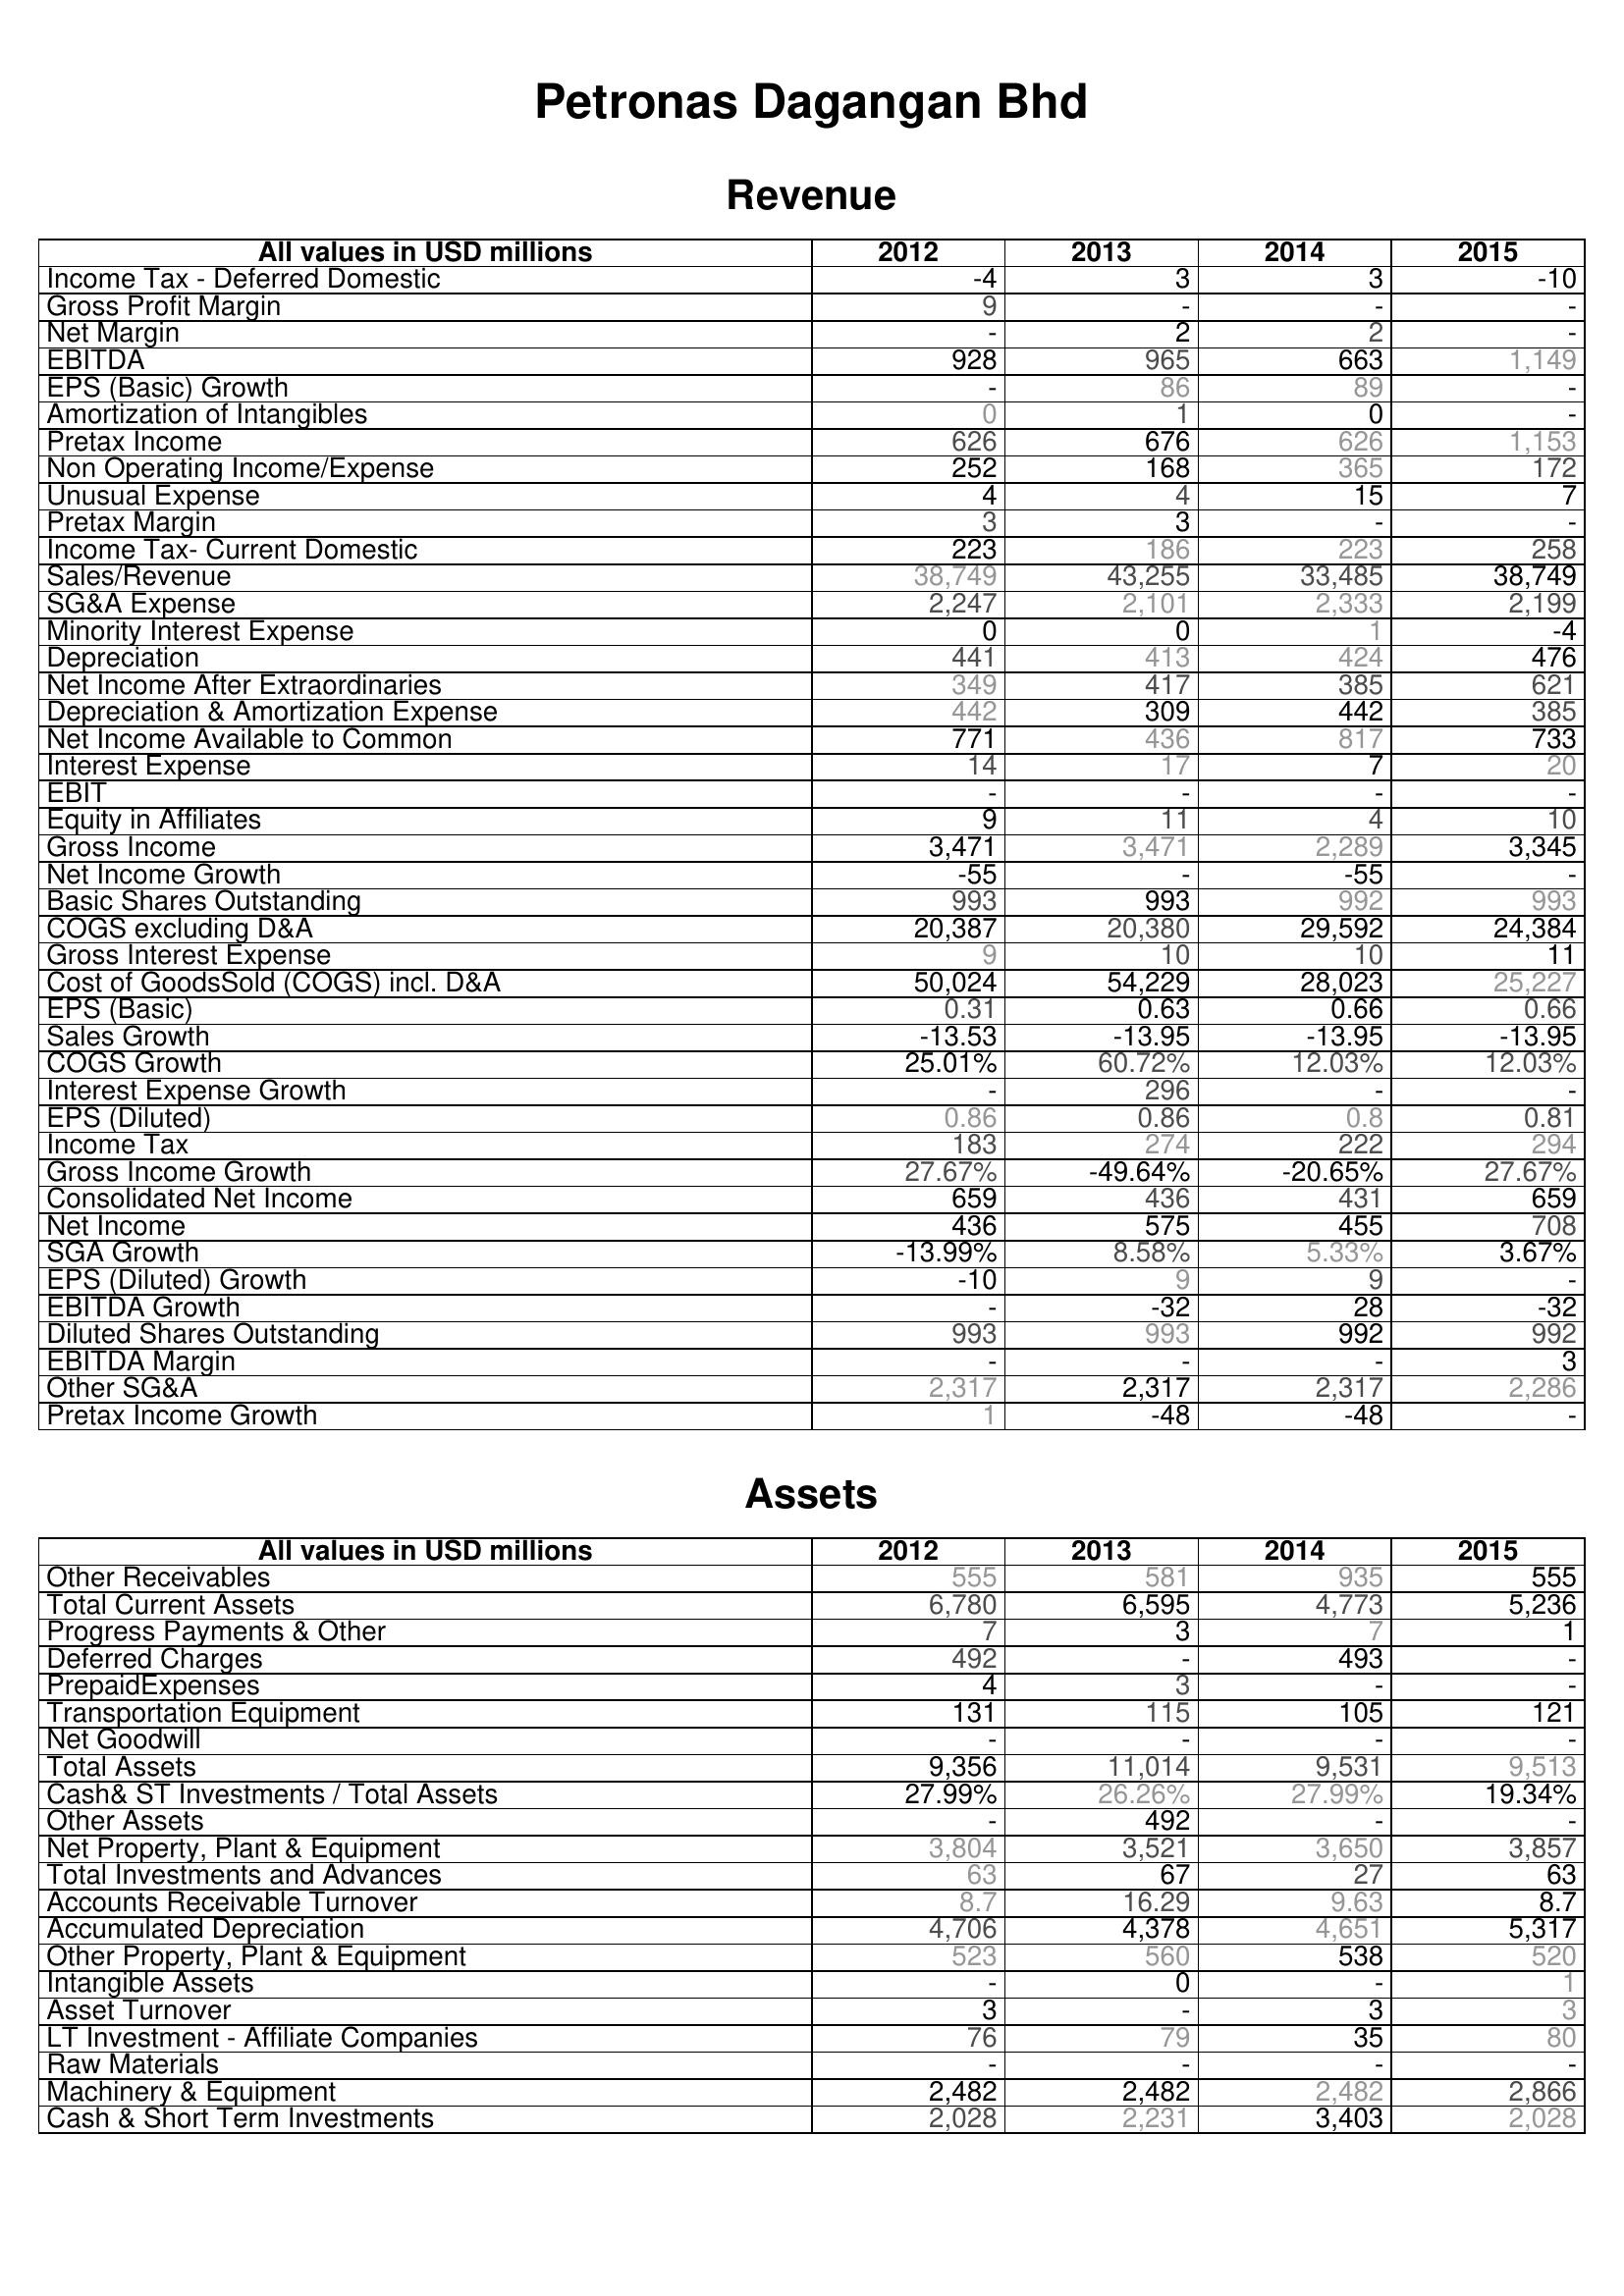
2012: Revenue: Income Tax - Deferred Domestic: -4
Gross Profit Margin: 9
Net Margin: -
EBITDA: 928
EPS (Basic) Growth: -
Amortization of Intangibles: 0
Pretax Income: 626
Non Operating Income/Expense: 252
Unusual Expense: 4
Pretax Margin: 3
Income Tax- Current Domestic: 223
Sales/Revenue: 38,749
SG&A Expense: 2,247
Minority Interest Expense: 0
Depreciation: 441
Net Income After Extraordinaries: 349
Depreciation & Amortization Expense: 442
Net Income Available to Common: 771
Interest Expense: 14
EBIT: -
Equity in Affiliates: 9
Gross Income: 3,471
Net Income Growth: -55
Basic Shares Outstanding: 993
COGS excluding D&A: 20,387
Gross Interest Expense: 9
Cost of GoodsSold (COGS) incl. D&A: 50,024
EPS (Basic): 0.31
Sales Growth: -13.53
COGS Growth: 25.01%
Interest Expense Growth: -
EPS (Diluted): 0.86
Income Tax: 183
Gross Income Growth: 27.67%
Consolidated Net Income: 659
Net Income: 436
SGA Growth: -13.99%
EPS (Diluted) Growth: -10
EBITDA Growth: -
Diluted Shares Outstanding: 993
EBITDA Margin: -
Other SG&A: 2,317
Pretax Income Growth: 1
Assets: Other Receivables: 555
Total Current Assets: 6,780
Progress Payments & Other: 7
Deferred Charges: 492
PrepaidExpenses: 4
Transportation Equipment: 131
Net Goodwill: -
Total Assets: 9,356
Cash& ST Investments / Total Assets: 27.99%
Other Assets: -
Net Property, Plant & Equipment: 3,804
Total Investments and Advances: 63
Accounts Receivable Turnover: 8.7
Accumulated Depreciation: 4,706
Other Property, Plant & Equipment: 523
Intangible Assets: -
Asset Turnover: 3
LT Investment - Affiliate Companies: 76
Raw Materials: -
Machinery & Equipment: 2,482
Cash & Short Term Investments: 2,028
2013: Revenue: Income Tax - Deferred Domestic: 3
Gross Profit Margin: -
Net Margin: 2
EBITDA: 965
EPS (Basic) Growth: 86
Amortization of Intangibles: 1
Pretax Income: 676
Non Operating Income/Expense: 168
Unusual Expense: 4
Pretax Margin: 3
Income Tax- Current Domestic: 186
Sales/Revenue: 43,255
SG&A Expense: 2,101
Minority Interest Expense: 0
Depreciation: 413
Net Income After Extraordinaries: 417
Depreciation & Amortization Expense: 309
Net Income Available to Common: 436
Interest Expense: 17
EBIT: -
Equity in Affiliates: 11
Gross Income: 3,471
Net Income Growth: -
Basic Shares Outstanding: 993
COGS excluding D&A: 20,380
Gross Interest Expense: 10
Cost of GoodsSold (COGS) incl. D&A: 54,229
EPS (Basic): 0.63
Sales Growth: -13.95
COGS Growth: 60.72%
Interest Expense Growth: 296
EPS (Diluted): 0.86
Income Tax: 274
Gross Income Growth: -49.64%
Consolidated Net Income: 436
Net Income: 575
SGA Growth: 8.58%
EPS (Diluted) Growth: 9
EBITDA Growth: -32
Diluted Shares Outstanding: 993
EBITDA Margin: -
Other SG&A: 2,317
Pretax Income Growth: -48
Assets: Other Receivables: 581
Total Current Assets: 6,595
Progress Payments & Other: 3
Deferred Charges: -
PrepaidExpenses: 3
Transportation Equipment: 115
Net Goodwill: -
Total Assets: 11,014
Cash& ST Investments / Total Assets: 26.26%
Other Assets: 492
Net Property, Plant & Equipment: 3,521
Total Investments and Advances: 67
Accounts Receivable Turnover: 16.29
Accumulated Depreciation: 4,378
Other Property, Plant & Equipment: 560
Intangible Assets: 0
Asset Turnover: -
LT Investment - Affiliate Companies: 79
Raw Materials: -
Machinery & Equipment: 2,482
Cash & Short Term Investments: 2,231
2014: Revenue: Income Tax - Deferred Domestic: 3
Gross Profit Margin: -
Net Margin: 2
EBITDA: 663
EPS (Basic) Growth: 89
Amortization of Intangibles: 0
Pretax Income: 626
Non Operating Income/Expense: 365
Unusual Expense: 15
Pretax Margin: -
Income Tax- Current Domestic: 223
Sales/Revenue: 33,485
SG&A Expense: 2,333
Minority Interest Expense: 1
Depreciation: 424
Net Income After Extraordinaries: 385
Depreciation & Amortization Expense: 442
Net Income Available to Common: 817
Interest Expense: 7
EBIT: -
Equity in Affiliates: 4
Gross Income: 2,289
Net Income Growth: -55
Basic Shares Outstanding: 992
COGS excluding D&A: 29,592
Gross Interest Expense: 10
Cost of GoodsSold (COGS) incl. D&A: 28,023
EPS (Basic): 0.66
Sales Growth: -13.95
COGS Growth: 12.03%
Interest Expense Growth: -
EPS (Diluted): 0.8
Income Tax: 222
Gross Income Growth: -20.65%
Consolidated Net Income: 431
Net Income: 455
SGA Growth: 5.33%
EPS (Diluted) Growth: 9
EBITDA Growth: 28
Diluted Shares Outstanding: 992
EBITDA Margin: -
Other SG&A: 2,317
Pretax Income Growth: -48
Assets: Other Receivables: 935
Total Current Assets: 4,773
Progress Payments & Other: 7
Deferred Charges: 493
PrepaidExpenses: -
Transportation Equipment: 105
Net Goodwill: -
Total Assets: 9,531
Cash& ST Investments / Total Assets: 27.99%
Other Assets: -
Net Property, Plant & Equipment: 3,650
Total Investments and Advances: 27
Accounts Receivable Turnover: 9.63
Accumulated Depreciation: 4,651
Other Property, Plant & Equipment: 538
Intangible Assets: -
Asset Turnover: 3
LT Investment - Affiliate Companies: 35
Raw Materials: -
Machinery & Equipment: 2,482
Cash & Short Term Investments: 3,403
2015: Revenue: Income Tax - Deferred Domestic: -10
Gross Profit Margin: -
Net Margin: -
EBITDA: 1,149
EPS (Basic) Growth: -
Amortization of Intangibles: -
Pretax Income: 1,153
Non Operating Income/Expense: 172
Unusual Expense: 7
Pretax Margin: -
Income Tax- Current Domestic: 258
Sales/Revenue: 38,749
SG&A Expense: 2,199
Minority Interest Expense: -4
Depreciation: 476
Net Income After Extraordinaries: 621
Depreciation & Amortization Expense: 385
Net Income Available to Common: 733
Interest Expense: 20
EBIT: -
Equity in Affiliates: 10
Gross Income: 3,345
Net Income Growth: -
Basic Shares Outstanding: 993
COGS excluding D&A: 24,384
Gross Interest Expense: 11
Cost of GoodsSold (COGS) incl. D&A: 25,227
EPS (Basic): 0.66
Sales Growth: -13.95
COGS Growth: 12.03%
Interest Expense Growth: -
EPS (Diluted): 0.81
Income Tax: 294
Gross Income Growth: 27.67%
Consolidated Net Income: 659
Net Income: 708
SGA Growth: 3.67%
EPS (Diluted) Growth: -
EBITDA Growth: -32
Diluted Shares Outstanding: 992
EBITDA Margin: 3
Other SG&A: 2,286
Pretax Income Growth: -
Assets: Other Receivables: 555
Total Current Assets: 5,236
Progress Payments & Other: 1
Deferred Charges: -
PrepaidExpenses: -
Transportation Equipment: 121
Net Goodwill: -
Total Assets: 9,513
Cash& ST Investments / Total Assets: 19.34%
Other Assets: -
Net Property, Plant & Equipment: 3,857
Total Investments and Advances: 63
Accounts Receivable Turnover: 8.7
Accumulated Depreciation: 5,317
Other Property, Plant & Equipment: 520
Intangible Assets: 1
Asset Turnover: 3
LT Investment - Affiliate Companies: 80
Raw Materials: -
Machinery & Equipment: 2,866
Cash & Short Term Investments: 2,028